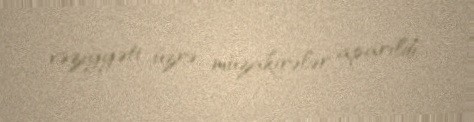
vəziyyəti üzrə müzakirələr aparıldı.